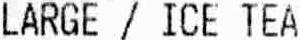
LARGE / ICE TEA